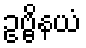
ဥဗ္ဗိနယံ